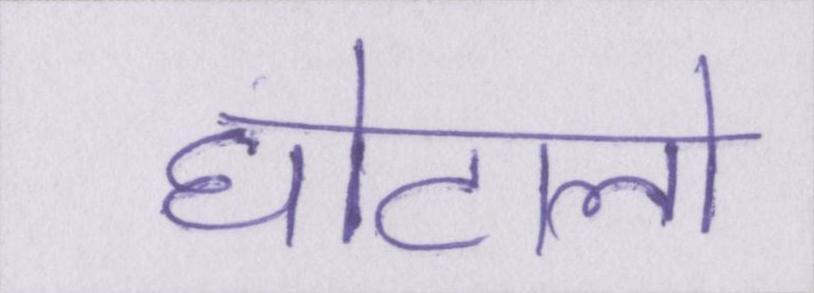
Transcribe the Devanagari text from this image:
घोटालो